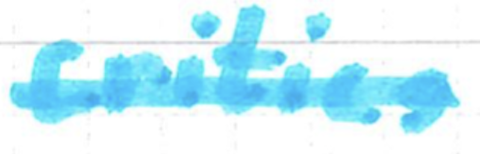
Text: critics
Cross-out: single-line
Writing tool: marker